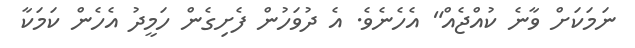
ނަމަކަށް ވާނެ ކުއްޖެެއް" އެހެނެވެ. އެ ދުވަހުން ފެށިގެން ހަމީދު އެހެން ކަމަކާ